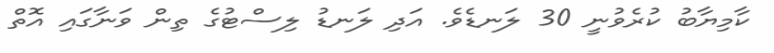
ކާމިޔާބު ކުރެވުނީ 30 ލަނޑެވެ. އަދި ލަނޑު ލިސްޓުގެ ތިން ވަނާގައި އޮތް